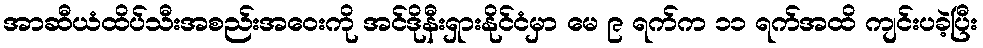
အာဆီယံထိပ်သီးအစည်းအဝေးကို အင်ဒိုနီးရှားနိုင်ငံမှာ မေ ၉ ရက်က ၁၁ ရက်အထိ ကျင်းပခဲ့ပြီး